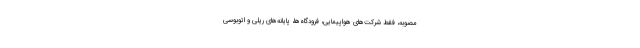
مصوبه، فقط شرکت‌های هواپیمایی، فرودگاه‌ها، پایانه‌های ریلی و اتوبوسی